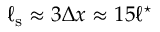
\ell _ { \mathrm { s } } \approx 3 \Delta x \approx 1 5 \ell ^ { \star }